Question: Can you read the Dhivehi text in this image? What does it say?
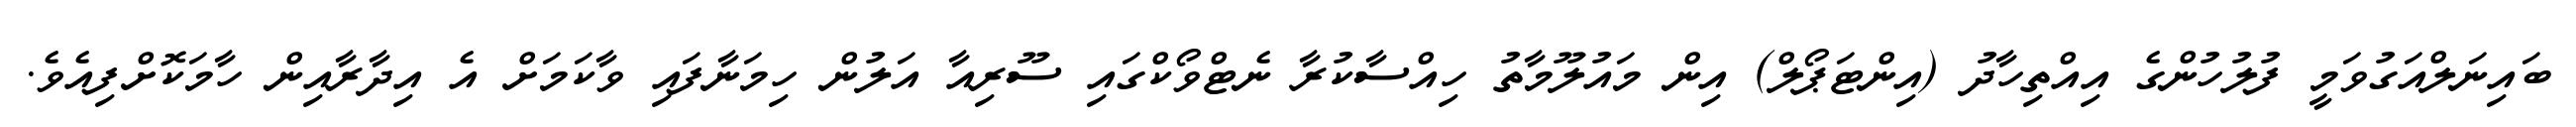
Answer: ބައިނަލްއަގުވަމީ ފުލުހުންގެ އިއްތިހާދު (އިންޓަޕޯލް) އިން މައުލޫމާތު ހިއްސާކުރާ ނެޓްވޯކްގައި ސޫރިއާ އަލުން ހިމަނާފައި ވާކަމަށް އެ އިދާރާއިން ހާމަކޮށްފިއެވެ.